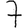
Digit: 7